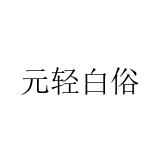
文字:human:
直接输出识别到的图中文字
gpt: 元轻白俗